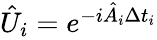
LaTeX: \begin{array}{r}{\hat{U}_{i}=e^{-i\hat{A}_{i}\Delta t_{i}}}\end{array}